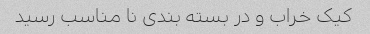
کیک خراب و در بسته بندی نا مناسب رسید